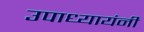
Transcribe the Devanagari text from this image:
उपाध्यायंनी